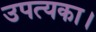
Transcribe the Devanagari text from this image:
उपत्यका।